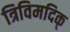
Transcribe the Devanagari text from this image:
त्रिविमदिक्